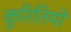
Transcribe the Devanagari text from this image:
कुरितियों